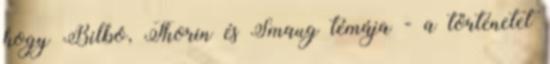
hogy Bilbó, Thorin és Smaug témája - a történetet